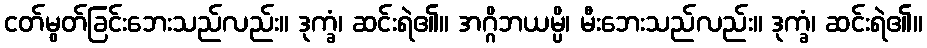
ငတ်မွတ်ခြင်းဘေးသည်လည်း။ ဒုက္ခံ၊ ဆင်းရဲ၏။ အဂ္ဂိဘယမ္ပိ၊ မီးဘေးသည်လည်း။ ဒုက္ခံ၊ ဆင်းရဲ၏။